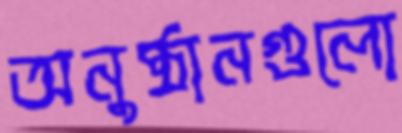
অনুষ্ঠানগুলো